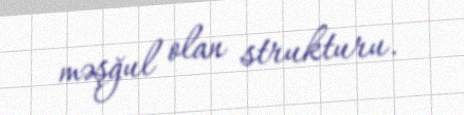
məşğul olan strukturu.